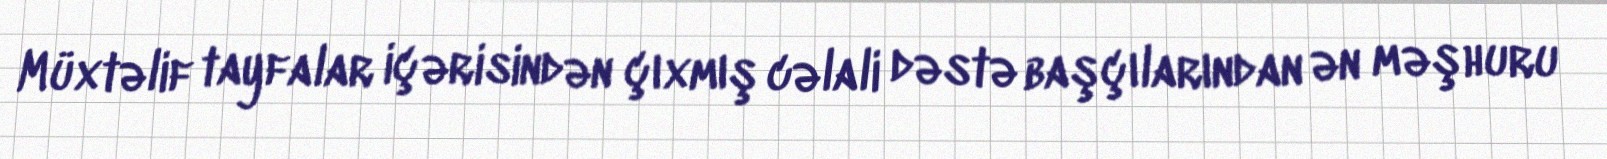
Müxtəlif tayfalar içərisindən çıxmış cəlali dəstə başçılarından ən məşhuru